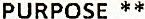
PURPOSE **